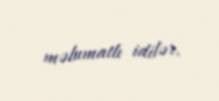
məlumatlı idilər.